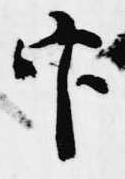
官